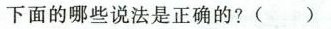
下面的哪些说法是正确的? ()